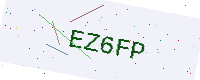
Text: EZ6FP